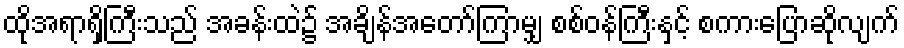
ထိုအရာရှိကြီးသည် အခန်းထဲ၌ အချိန်အတော်ကြာမျှ စစ်ဝန်ကြီးနှင့် စကားပြောဆိုလျက်